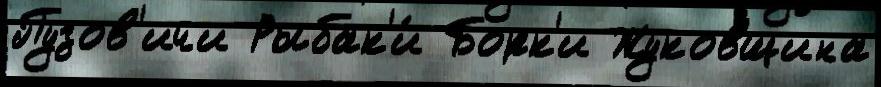
Пузов'ичи Рыбак'и́ Борк'и Жуковщина